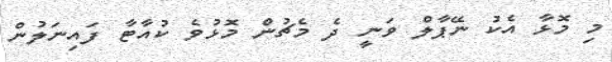
މި މޮޅާ އެކު ނޭޕާލް ވަނީ ދެ މެޗުން މޮޅުވެ ކުއާޓާ ފައިނަލުން